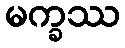
မက္ခဿ